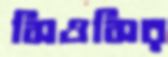
সিওসির